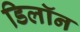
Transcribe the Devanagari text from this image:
डिलॉन